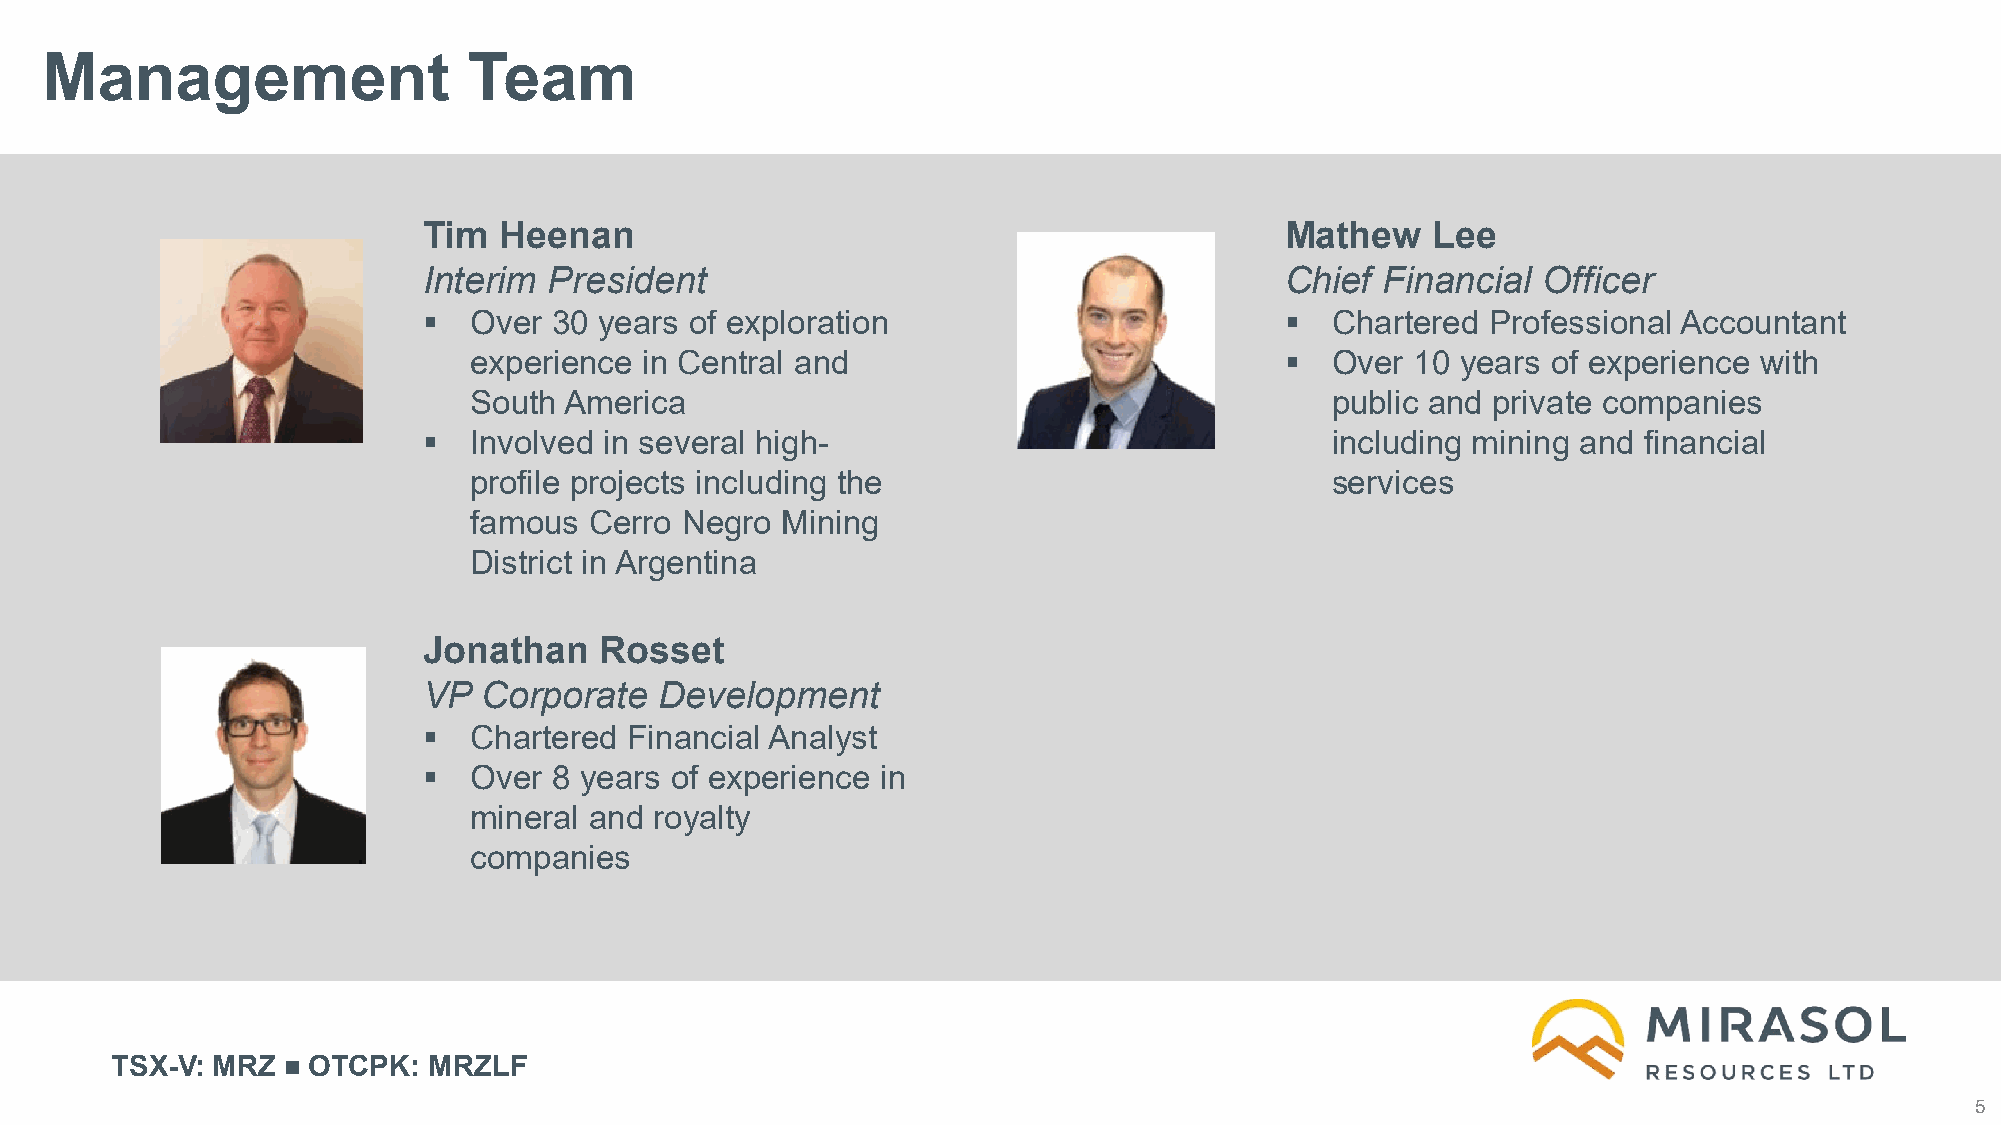
Management                  Team
 Tim  Heenan                                              Mathew    Lee
 Interim President                                        Chief Financial  Officer
   Over  30 years of exploration                           Chartered  Professional Accountant
 experience  in Central and                              Over  10 years of experience with
 South America                                            public and private companies
   Involved in several high-                                including mining and financial
 profile projects including the                           services
 famous  Cerro Negro  Mining
 District in Argentina
 Jonathan    Rosset
 VP  Corporate   Development
   Chartered  Financial Analyst
   Over  8 years of experience in
 mineral and royalty
 companies
 TSX-V: MRZ   OTCPK:  MRZLF
 5